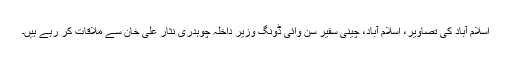
اسلام آباد کی تصاویر، اسلام آباد، چینی سفیر سن وائی ڈونگ وزیر داخلہ چوہدری نثار علی خان سے ملاقات کر رہے ہیں۔